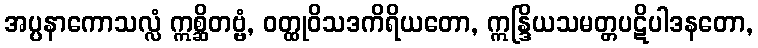
အပ္ပနာကောသလ္လံ ဣစ္ဆိတဗ္ဗံ, ဝတ္ထုဝိသဒကိရိယတော, ဣန္ဒြိယသမတ္တပဋိပါဒနတော,